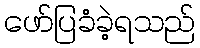
ဖော်ပြခံခဲ့ရသည်